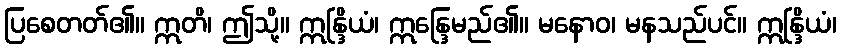
ပြစေတတ်၏။ ဣတိ၊ ဤသို့။ ဣန္ဒြိယံ၊ ဣန္ဒြေမည်၏။ မနောဝ၊ မနသည်ပင်။ ဣန္ဒြိယံ၊